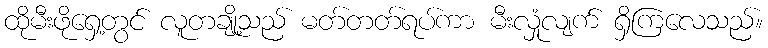
ထိုမီးဖိုရှေ့တွင် လူတချို့သည် မတ်တတ်ရပ်ကာ မီးလှုံလျက် ရှိကြလေသည်။